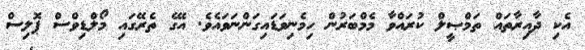
އެކި ދާއިރާތައް ތަމްޞީލް ކުރައްވާ މެމްބަރުން ހިމެނިވަޑައިގަންނަވައެވެ. އޭގެ ތެރޭގައި މޯލްޑިވްސް ޕޮލިސް